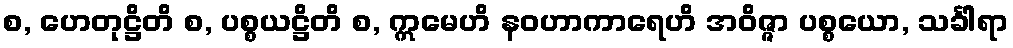
စ, ဟေတုဋ္ဌိတိ စ, ပစ္စယဋ္ဌိတိ စ, ဣမေဟိ နဝဟာကာရေဟိ အဝိဇ္ဇာ ပစ္စယော, သင်္ခါရာ